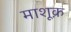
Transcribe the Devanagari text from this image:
माशूक़